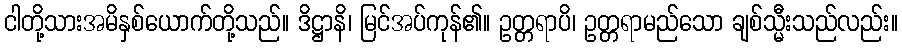
ငါတို့သားအမိနှစ်ယောက်တို့သည်။ ဒိဋ္ဌာနိ၊ မြင်အပ်ကုန်၏။ ဥတ္တရာပိ၊ ဥတ္တရာမည်သော ချစ်သ္မီးသည်လည်း။